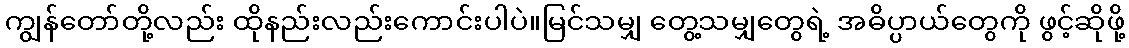
ကျွန်တော်တို့လည်း ထိုနည်းလည်းကောင်းပါပဲ။မြင်သမျှ တွေ့သမျှတွေရဲ့ အဓိပ္ပာယ်တွေကို ဖွင့်ဆိုဖို့